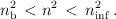
\begin{align*}n_{\rm b}^2 \,< n^2 \, < \, n_{\rm inf}^2 \, .\end{align*}